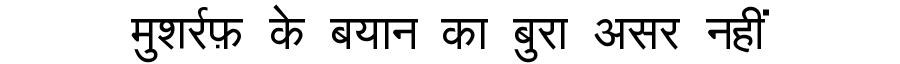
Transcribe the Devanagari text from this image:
मुशर्रफ़ के बयान का बुरा असर नहीं